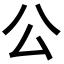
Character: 公